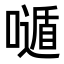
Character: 𡀷